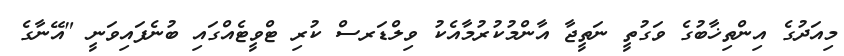
މިއަދުގެ އިންތިޚާބުގެ ވަގުތީ ނަތީޖާ އާންމުކުރުމާއެކު ވިލްޑަރސް ކުރި ޓްވީޓެއްގައި ބުނެފައިވަނީ "އޭނާގެ